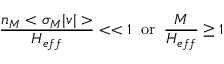
\frac { n _ { M } < \sigma _ { M } | v | > } { H _ { e f f } } < < 1 \; \; \mathrm { o r } \; \; \frac { M } { H _ { e f f } } \geq 1